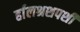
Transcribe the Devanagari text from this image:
र्हालश्रशपशी